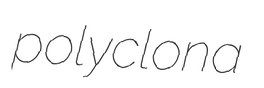
polyclona